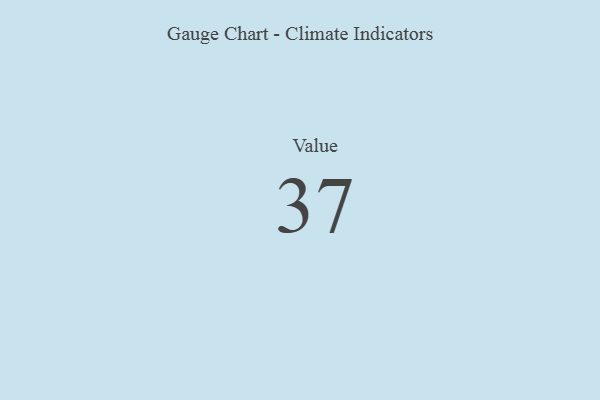
{"axis": {"x": "Metric", "y": "Value"}, "legend": [""], "data": [{"x": "Value", "y": 37, "type": ""}]}